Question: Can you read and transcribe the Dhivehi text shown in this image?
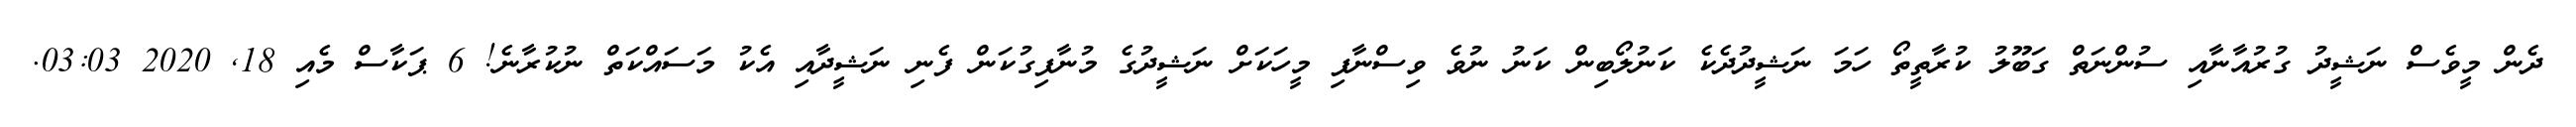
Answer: ދެން މީވެސް ނަޝީދު ގުރުއާނާއި ސުންނަތް ގަބޫލު ކުރާތީތޯ ހަމަ ނަޝީދުދެކެ ކަނުލޯބިން ކަނު ނުވެ ވިސްނާފި މީހަކަށް ނަޝީދުގެ މުނާފިގުކަން ފެނި ނަޝީދާއި އެކު މަސައްކަތް ނުކުރާނެ! 6 ޕަކާސް މެއި 18, 2020 03:03.